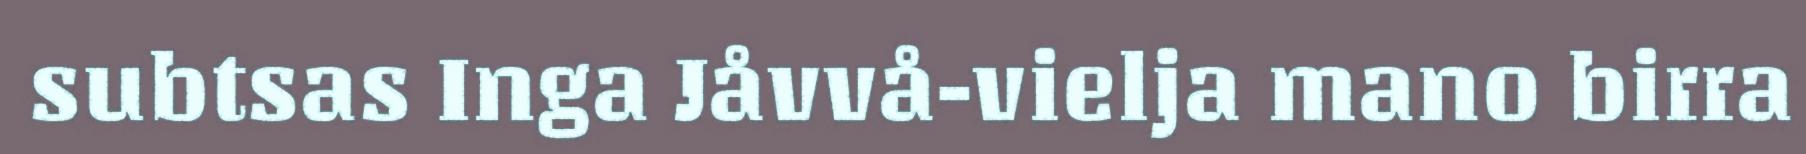
subtsas Inga Jåvvå-vielja mano birra